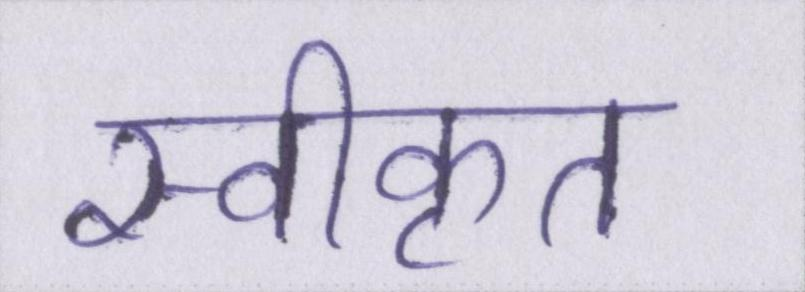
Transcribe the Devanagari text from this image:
स्वीकृत